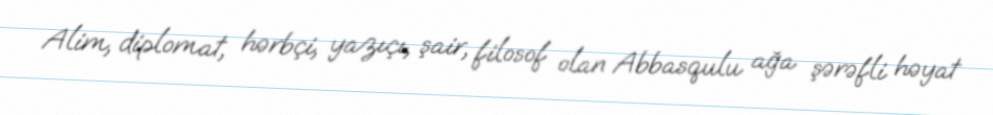
Alim, diplomat, hərbçi, yazıçı, şair, filosof olan Abbasqulu ağa şərəfli həyat